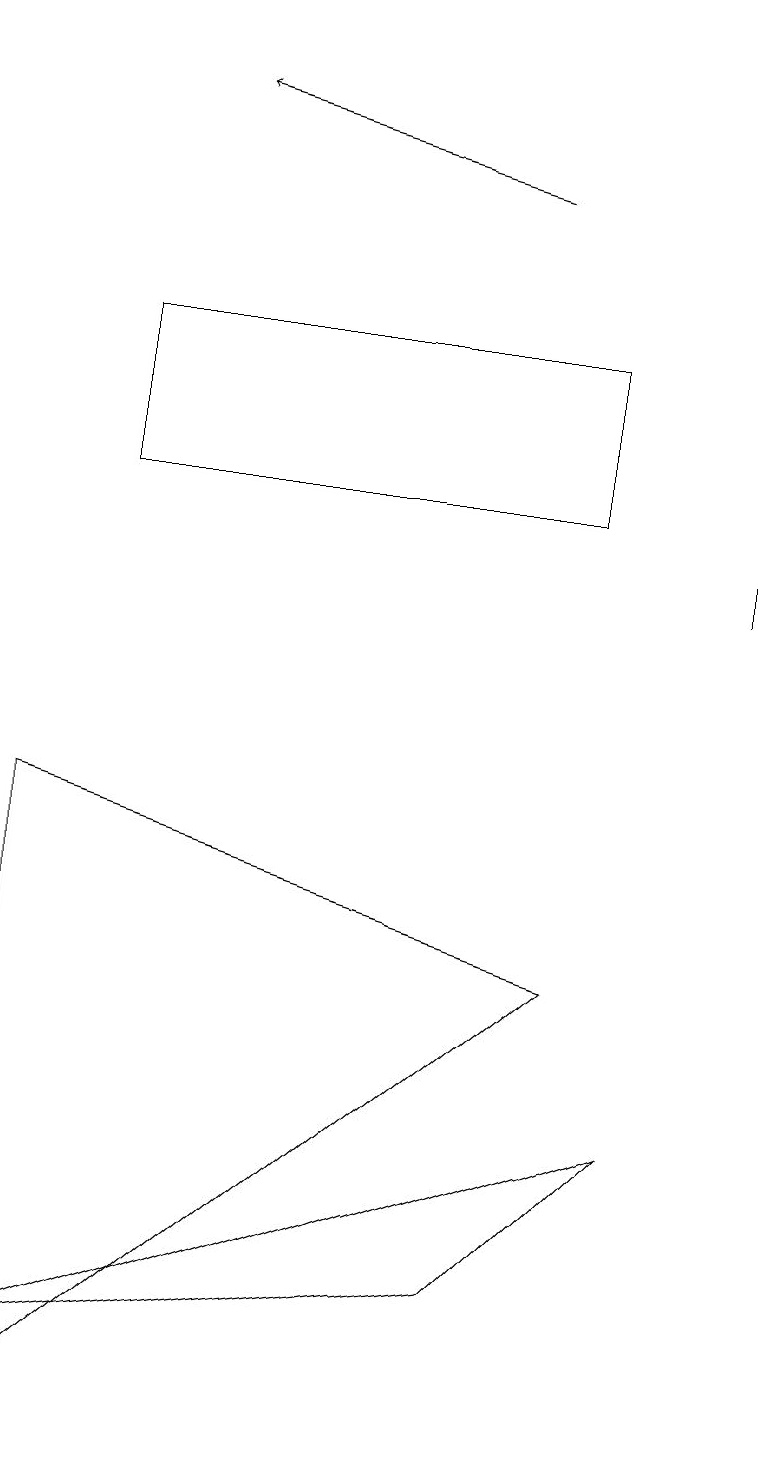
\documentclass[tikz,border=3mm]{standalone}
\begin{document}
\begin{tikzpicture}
\draw[->] (9,12) -- (9,19);
\draw (8,5) -- (0,2) -- (6,3) -- cycle;
\draw (7,15) rectangle (1,13);
\draw[->] (6,17) -- (2,18);
\draw (0,9) -- (7,7) -- (0,1) -- cycle;
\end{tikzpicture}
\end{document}